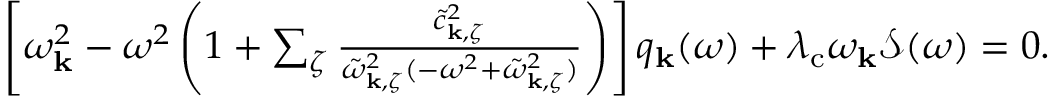
\begin{array} { r } { \left[ \omega _ { \mathbf { k } } ^ { 2 } - \omega ^ { 2 } \left( 1 + \sum _ { \zeta } \frac { \tilde { c } _ { \mathbf { k } , \zeta } ^ { 2 } } { \tilde { \omega } _ { \mathbf { k } , \zeta } ^ { 2 } ( - \omega ^ { 2 } + \tilde { \omega } _ { \mathbf { k } , \zeta } ^ { 2 } ) } \right) \right] q _ { \mathrm { \mathbf { k } } } ( \omega ) + \lambda _ { \mathrm { c } } \omega _ { \mathbf { k } } \mathcal { S } ( \omega ) = 0 . } \end{array}